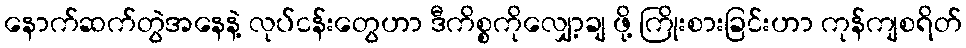
နောက်ဆက်တွဲအနေနဲ့ လုပ်ငန်းတွေဟာ ဒီကိစ္စကိုလျှော့ချ ဖို့ ကြိုးစားခြင်းဟာ ကုန်ကျစရိတ်